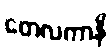
တေလကာနိ